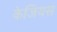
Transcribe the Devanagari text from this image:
केजियस